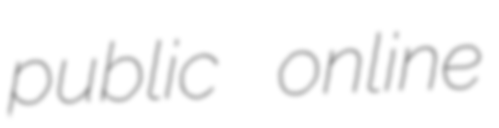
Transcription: public online